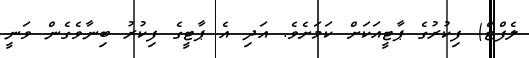
ލެފްޓް) ފިކުރުގެ ޕާޓީއަކަށް ކަމަށެވެ. އަދި އެ ޕާޓީގެ ފިކުރު ބިނާވެގެން ވަނީ